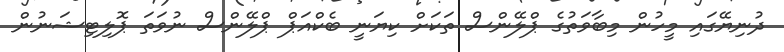
ދުނިޔޭގައި މީހުން މިބާވަތުގެ ޕްލޭންސް ތަކަށް ކިޔަނީ ބެކްއަޕް ޕްލޭންސް ނުވަތަ ޕޮލިޓިޝަނުން